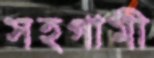
সহগামী